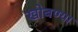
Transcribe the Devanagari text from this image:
खोबण्या